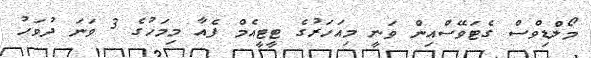
މޯލްޑިވްސް ގެޓަވޭސްއިން ވަނީ މިއަހަރުގެ ޓީޓީއެމް ފެއާ މިމަހުގެ 3 ވަނަ ދުވަހު